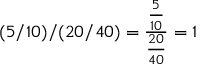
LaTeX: \quad ( 5 / 1 0 ) / ( 2 0 / 4 0 ) = { \frac { \frac { 5 } { 1 0 } } { \frac { 2 0 } { 4 0 } } } = 1